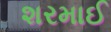
શરમાઈ